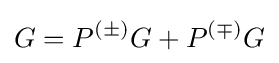
G=P^{(\pm )}G+P^{(\mp )}G